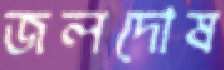
জলদোষ